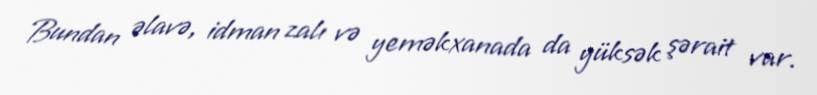
Bundan əlavə, idman zalı və yeməkxanada da yüksək şərait var.